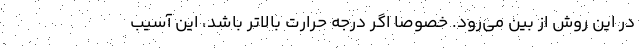
در این روش از بین می‌رود. خصوصا اگر درجه حرارت بالاتر باشد، این آسیب